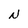
Character: N